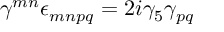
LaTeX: \gamma ^ { m n } \epsilon _ { m n p q } = 2 i \gamma _ { 5 } \gamma _ { p q }